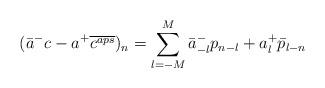
LaTeX: \begin{align*}(\bar{a}^-c-a^+\overline{c^{aps}})_{n}= \sum_{l=-M}^{M}\bar{a}^-_{-l}p_{n-l}+a^+_l\bar{p}_{l-n}\end{align*}